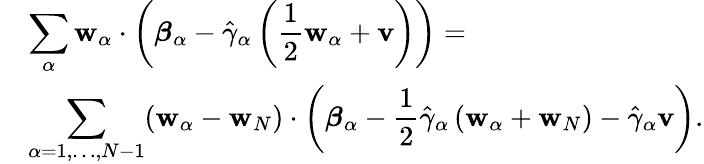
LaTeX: \begin{array}{rl}&{\displaystyle\sum_{\alpha}\mathbf{w}_{\alpha}\cdot\left(\boldsymbol{\beta}_{\alpha}-\hat{\gamma}_{\alpha}\left(\frac{1}{2}\mathbf{w}_{\alpha}+\mathbf{v}\right)\right)=}\\ &{\displaystyle\sum_{\alpha=1,\dots,N-1}(\mathbf{w}_{\alpha}-\mathbf{w}_{N})\cdot\left(\boldsymbol{\beta}_{\alpha}-\frac{1}{2}\hat{\gamma}_{\alpha}\left(\mathbf{w}_{\alpha}+\mathbf{w}_{N}\right)-\hat{\gamma}_{\alpha}\mathbf{v}\right).}\end{array}